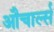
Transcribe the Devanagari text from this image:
औचार्ल्स